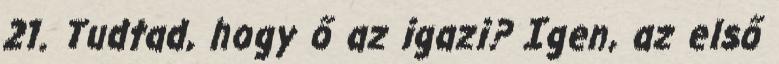
21. Tudtad, hogy ő az igazi? Igen, az első